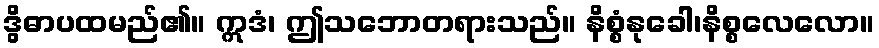
ဒွိဓာပထမည်၏။ ဣဒံ၊ ဤသဘောတရားသည်။ နိစ္စံနုခေါ၊နိစ္စလေလော။